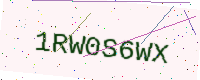
Text: 1RW0S6WX